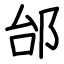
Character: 邰